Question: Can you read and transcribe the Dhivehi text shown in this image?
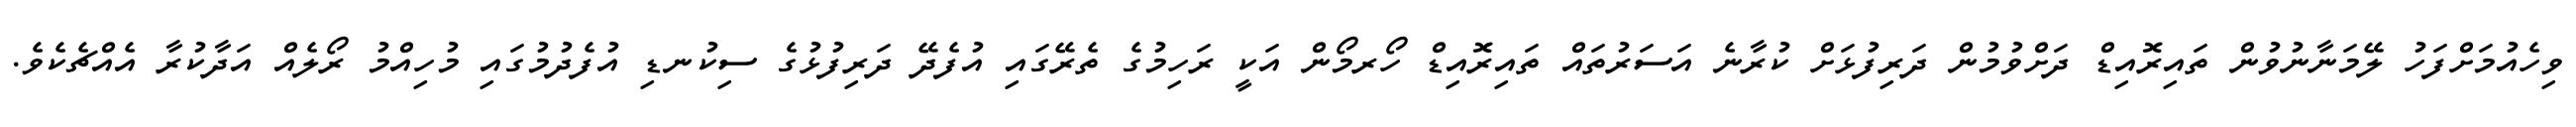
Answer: ވިހެއުމަށްފަހު ލޭމަނާނުވުން ތައިރޮއިޑް ދަށްވުމުން ދަރިފުޅަށް ކުރާނެ އަސަރުތައް ތައިރޮއިޑް ހޯރމޯން އަކީ ރަހިމުގެ ތެރޭގައި އުފެދޭ ދަރިފުޅުގެ ސިކުނޑި އުފެދުމުގައި މުހިއްމު ރޯލެއް އަދާކުރާ އެއްޗެކެވެ.